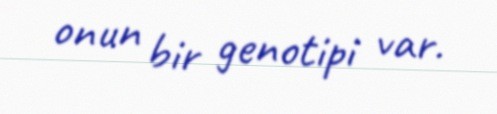
onun bir genotipi var.